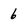
Character: 6